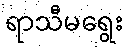
ရာသီမရွေး